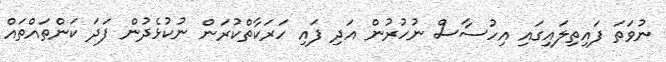
ނުވަތަ ފައިތިލައިގައި އިހުސާސް ނުހުރުން އަދި ފައި ހަރަކާތްކުރަން ނުކުޅެދުން ފަދަ ކަންތައްތައް